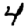
Digit: 4